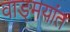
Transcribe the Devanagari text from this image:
वाङ्‌मयांत